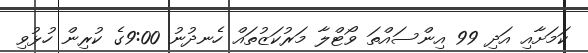
ކަމަށާއި އަދި 99 އިންސައްތަ ވޯޓްލާ މަރުކަޒުތައް ހެނދުނު 9:00ގެ ކުރިން ހުޅުވި